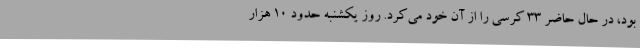
بود، در حال حاضر 33 کرسی را از آن خود می‌کرد. روز یکشنبه حدود 10 هزار